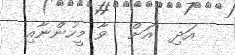
އަދި  އަށް  ވާ މީހުންނާއި